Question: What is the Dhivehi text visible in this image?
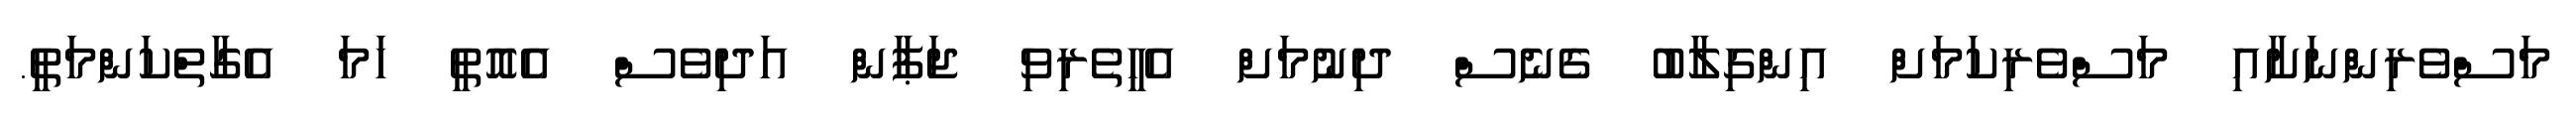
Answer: މަސްވެރިންނަށާއި މަސްވެރިކަމަށް އިންގިލާބު ގެނެސް ދިނުމަށް އެހީތެރިވި ޖަޕާން އަދިވެސް އެއޮތީ ހަމަ އެގާތްކަންމަތީ.